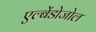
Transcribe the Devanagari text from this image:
एल्बेंडोजोल